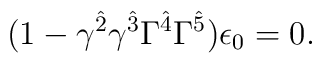
(1-\gamma^{\hat{2}}\gamma^{\hat{3}}\Gamma^{\hat{4}}\Gamma^{\hat{5}})\epsilon_0=0.